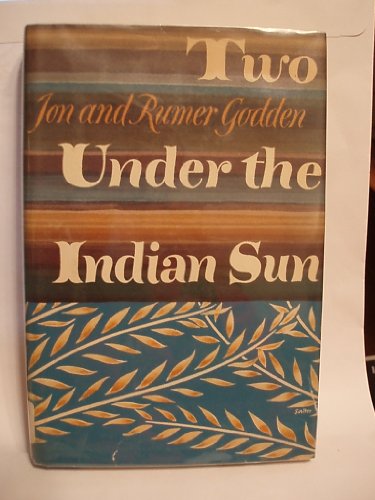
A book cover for Two Under the Indian Sun (Isis Large Print Nonfiction); Jon Godden; Travel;